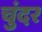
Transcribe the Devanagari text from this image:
चुंदर